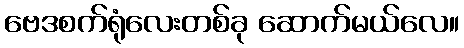
ဗေဒစက်ရုံလေးတစ်ခု ဆောက်မယ်လေ။